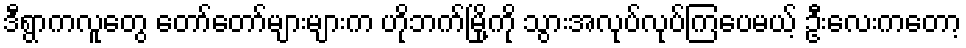
ဒီရွာကလူတွေ တော်တော်များများက ဟိုဘက်မြို့ကို သွားအလုပ်လုပ်ကြပေမယ့် ဦးလေးကတော့